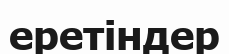
еретіндер